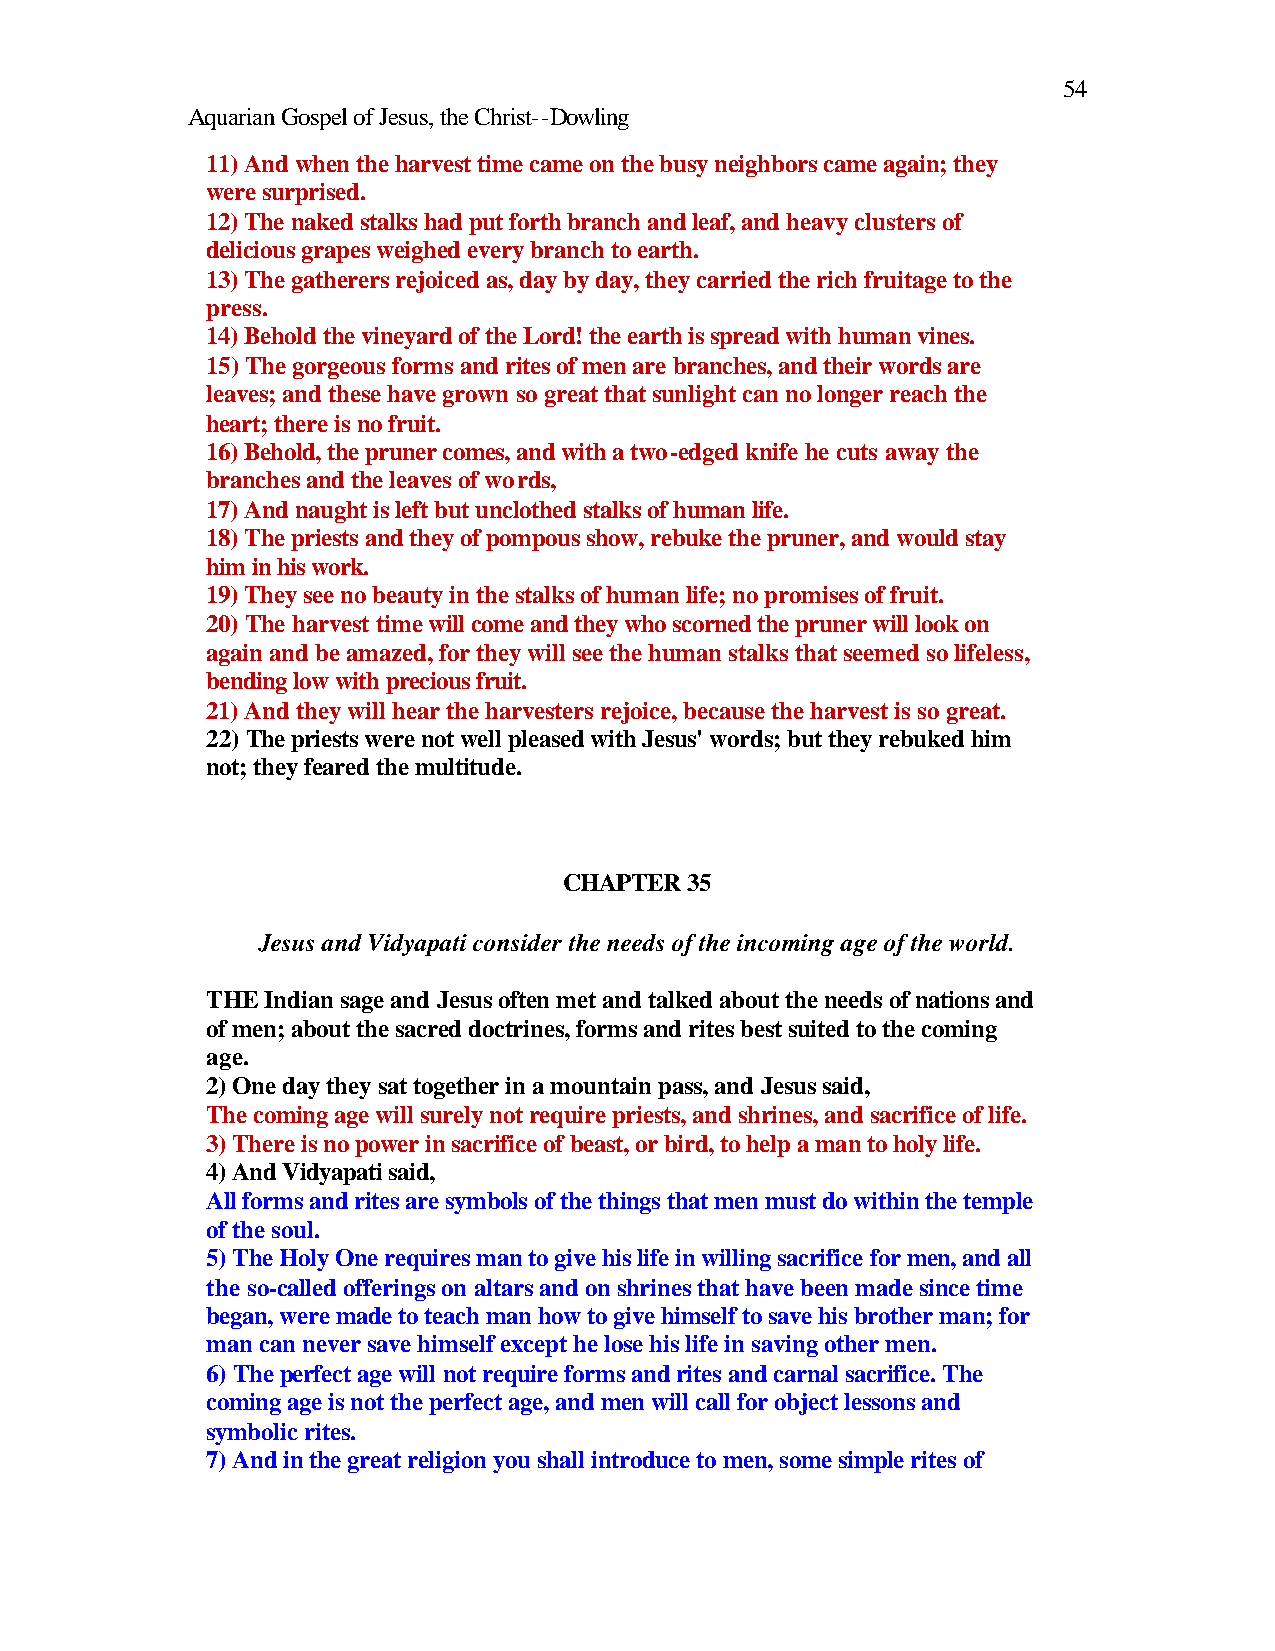
54
 Aquarian Gospel of Jesus, the Christ--Dowling
 11) And when the harvest time came on the busy neighbors came again; they
 were surprised.
 12) The naked stalks had put forth branch and leaf, and heavy clusters of
 delicious grapes weighed every branch to earth.
 13) The gatherers rejoiced as, day by day, they carried the rich fruitage to the
 press.
 14) Behold the vineyard of the Lord! the earth is spread with human vines.
 15) The gorgeous forms and rites of men are branches, and their words are
 leaves; and these have grown so great that sunlight can no longer reach the
 heart; there is no fruit.
 16) Behold, the pruner comes, and with a two-edged knife he cuts away the
 branches and the leaves of words,
 17) And naught is left but unclothed stalks of human life.
 18) The priests and they of pompous show, rebuke the pruner, and would stay
 him in his work.
 19) They see no beauty in the stalks of human life; no promises of fruit.
 20) The harvest time will come and they who scorned the pruner will look on
 again and be amazed, for they will see the human stalks that seemed so lifeless,
 bending low with precious fruit.
 21) And they will hear the harvesters rejoice, because the harvest is so great.
 22) The priests were not well pleased with Jesus' words; but they rebuked him
 not; they feared the multitude.
 CHAPTER 35
 Jesus and Vidyapati consider the needs of the incoming age of the world.
 THE Indian sage and Jesus often met and talked about the needs of nations and
 of men; about the sacred doctrines, forms and rites best suited to the coming
 age.
 2) One day they sat together in a mountain pass, and Jesus said,
 The coming age will surely not require priests, and shrines, and sacrifice of life.
 3) There is no power in sacrifice of beast, or bird, to help a man to holy life.
 4) And Vidyapati said,
 All forms and rites are symbols of the things that men must do within the temple
 of the soul.
 5) The Holy One requires man to give his life in willing sacrifice for men, and all
 the so-called offerings on altars and on shrines that have been made since time
 began, were made to teach man how to give himself to save his brother man; for
 man can never save himself except he lose his life in saving other men.
 6) The perfect age will not require forms and rites and carnal sacrifice. The
 coming age is not the perfect age, and men will call for object lessons and
 symbolic rites.
 7) And in the great religion you shall introduce to men, some simple rites of